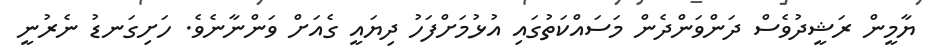
ޔާމީން ރަޝީދުވެސް ދަންވަންދެން މަސައްކަތުގައި އުޅުމަށްފަހު ދިޔައީ ގެއަށް ވަންނާނެވެ. ހަށިގަނޑު ނެރުނީ